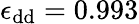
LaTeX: \epsilon_{\mathrm{dd}}=0.993